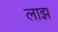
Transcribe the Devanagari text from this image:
लाझ